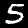
Label: 5